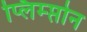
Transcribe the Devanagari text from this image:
प्लिम्प्तोन